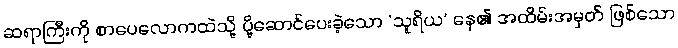
ဆရာကြီးကို စာပေလောကထဲသို့ ပို့ဆောင်ပေးခဲ့သော ‘သူရိယ’ နေ၏ အထိမ်းအမှတ် ဖြစ်သော